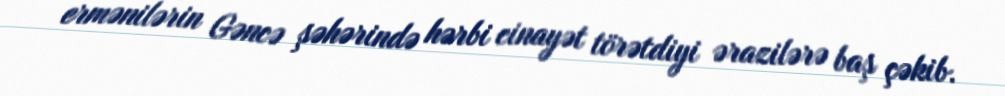
ermənilərin Gəncə şəhərində hərbi cinayət törətdiyi ərazilərə baş çəkib.